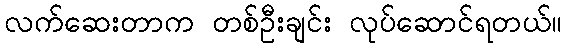
လက်ဆေးတာက တစ်ဦးချင်း လုပ်ဆောင်ရတယ်။